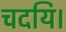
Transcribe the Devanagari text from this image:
चदयि।